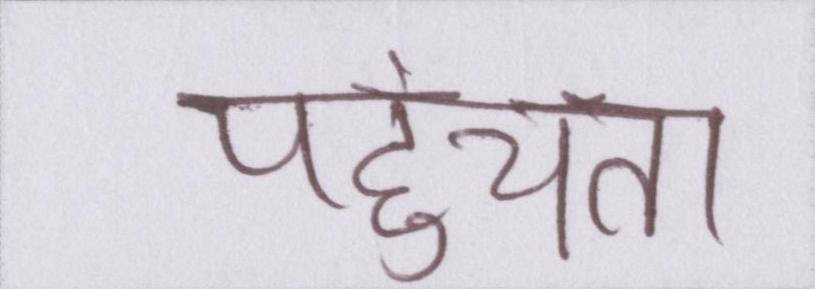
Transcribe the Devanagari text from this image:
पहुंचता